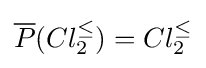
{\overline {P}}(Cl_{2}^{\leq })=Cl_{2}^{\leq }